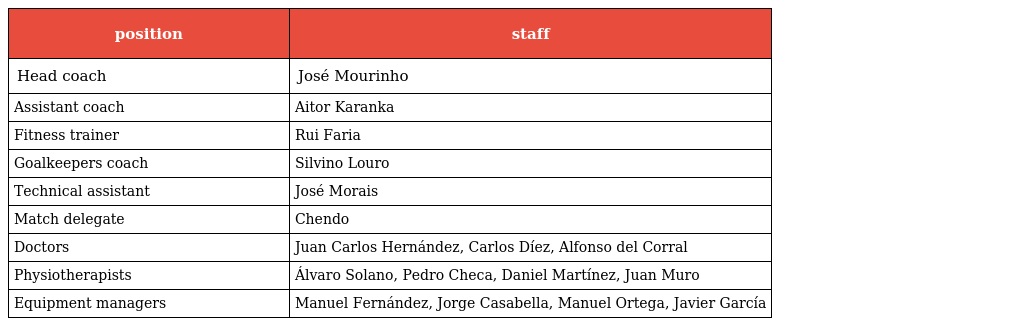
| position | staff |
 | --- | --- |
 | Head coach | José Mourinho |
 | Assistant coach | Aitor Karanka |
 | Fitness trainer | Rui Faria |
 | Goalkeepers coach | Silvino Louro |
 | Technical assistant | José Morais |
 | Match delegate | Chendo |
 | Doctors | Juan Carlos Hernández, Carlos Díez, Alfonso del Corral |
 | Physiotherapists | Álvaro Solano, Pedro Checa, Daniel Martínez, Juan Muro |
 | Equipment managers | Manuel Fernández, Jorge Casabella, Manuel Ortega, Javier García |